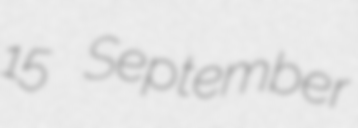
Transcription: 15 September